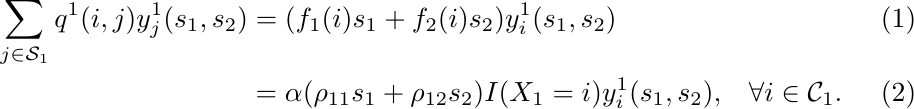
\begin{align}\label{eq:lin-sys2}
    \sum_{j \in \mathcal{S}_1} q^1(i,j)y_j^1(s_1,s_2)&=(f_1(i)s_1 +f_2(i)s_2)y_i^1(s_1,s_2)\\
    &=\alpha (\rho_{11} s_1 +\rho_{12} s_2)I(X_1=i)y_i^1(s_1,s_2), \;\;\; \forall i \in \mathcal{C}_1.
\end{align}